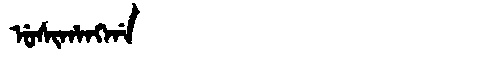
Manchu: ᡠᠰᡳᡥᠠᠩᡤᠠ
Romanization: USIHANGGA